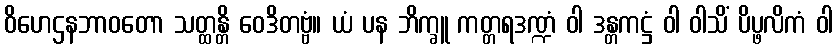
ဝိဟေဌနဘာဝတော သတ္ထန္တိ ဝေဒိတဗ္ဗံ။ ယံ ပန ဘိက္ခူ ကတ္တရဒဏ္ဍံ ဝါ ဒန္တကဋ္ဌံ ဝါ ဝါသိံ ပိပ္ဖလိကံ ဝါ